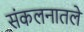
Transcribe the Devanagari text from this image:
संकलनातले